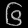
Digit: ၆